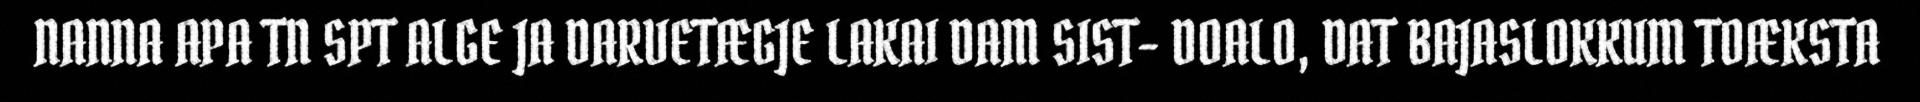
NANNA APA TN SPT ALGE JA DARVETÆGJE LAKAI DAM SIST- DOALO, DAT BAJASLOKKUM TOÆKSTA